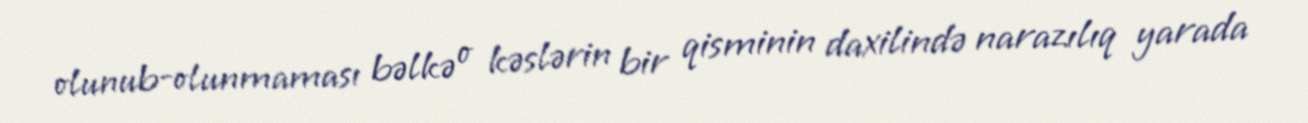
olunub-olunmaması bəlkə o kəslərin bir qisminin daxilində narazılıq yarada